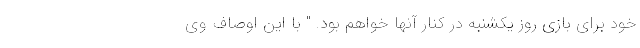
خود برای بازی روز یکشنبه در کنار آنها خواهم بود. " با این اوصاف وی